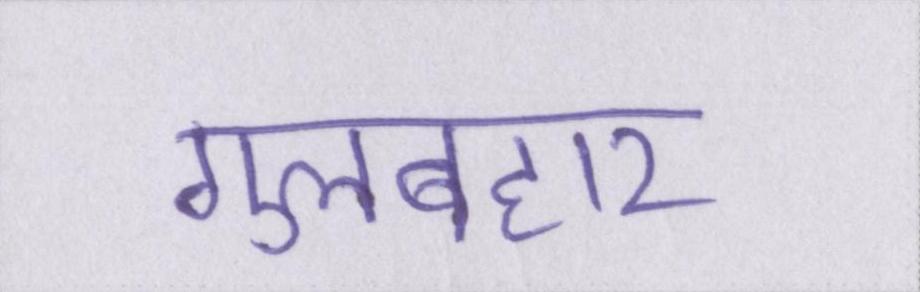
गुलबहार